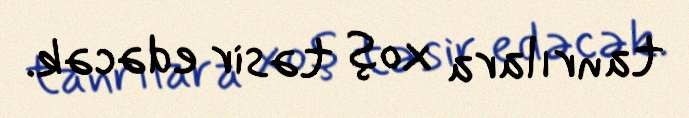
tanrılara xoş təsir edəcək.